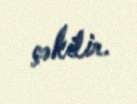
çəkilir.